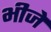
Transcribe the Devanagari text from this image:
भीजे